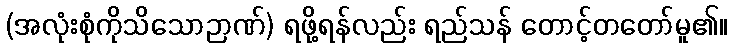
(အလုံးစုံကိုသိသောဉာဏ်) ရဖို့ရန်လည်း ရည်သန် တောင့်တတော်မူ၏။